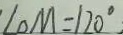
\angle o M = 1 2 0 ^ { \circ } ;